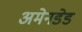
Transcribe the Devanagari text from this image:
अमेनडेड